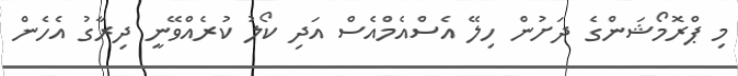
މި ޕްރޮމޯޝަންގެ ދަށުން ހިލޭ އެސްއެމްއެސް އަދި ކޯލު ކުރެއްވޭނީ ދިރާގު އެހެން